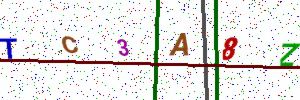
Text: TC3A8Z